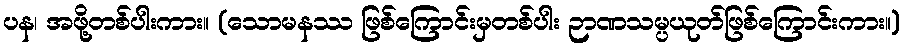
ပန၊ အဖို့တစ်ပါးကား။ (သောမနဿ ဖြစ်ကြောင်းမှတစ်ပါး ဉာဏသမ္ပယုတ်ဖြစ်ကြောင်းကား။)